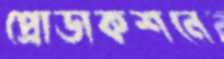
প্রোডাকশনে